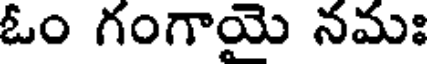
ఓం గంగాయై నమః